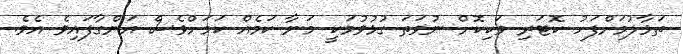
ތަޅާލުމަށްފަހު ކޮޓަރި ވަކިކޮށް ނުވަތަ ގުޅުވުމަކީ މަނާ ކަމެއް ކަމަށްވެސް އަންގާފައިވެ އެވެ.